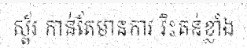
ស្ព័រ កាន់តែមានការ រិះគន់ខ្លាំង